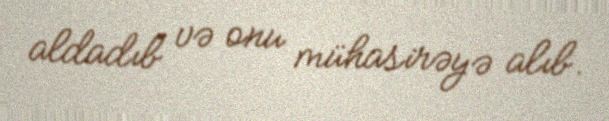
aldadıb və onu mühasirəyə alıb.